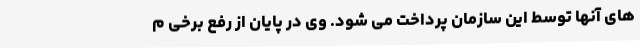
های آنها توسط این سازمان پرداخت می شود. وی در پایان از رفع برخی م